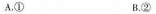
C. ③ D. ④